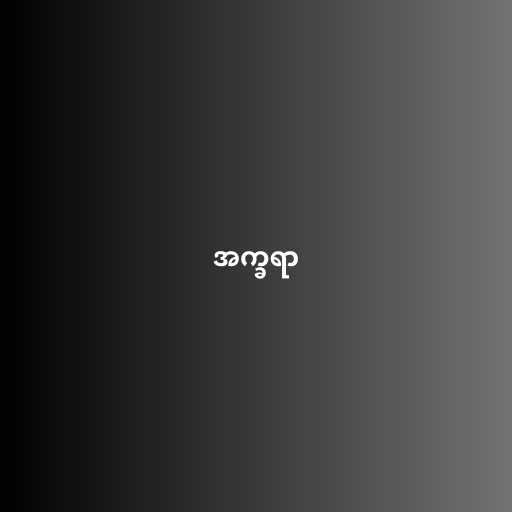
အက္ခရာ